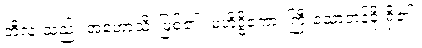
ဘီလူးသည်။ အဟောသိ၊ ဖြစ်၏။ မဟိဒ္ဓိကော၊ ကြီးသောတန်ခိုးရှိ၏။